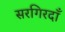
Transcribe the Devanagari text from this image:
सरगिरदाँ